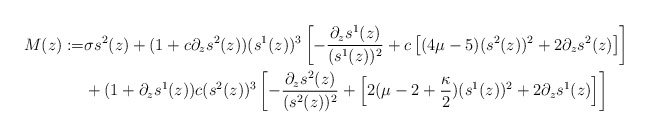
\begin{align*} M(z) := & \sigma s^2(z) + (1 + c \partial_z s^2(z)) (s^1(z))^3 \left[ - \frac{\partial_z s^1(z)}{ (s^1(z))^2} + c \left[ (4\mu -5)(s^2(z))^2 + 2\partial_z s^2(z)\right] \right] \\ & + (1 + \partial_z s^1(z)) c (s^2(z))^3 \left[ - \frac{\partial_z s^2(z)}{(s^2(z))^2} + \left[ 2(\mu - 2 + \frac{\kappa}{2})(s^1(z))^2 + 2 \partial_z s^1(z)\right] \right] \end{align*}